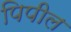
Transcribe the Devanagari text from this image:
पिपील